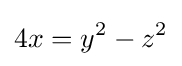
4x=y^{2}-z^{2}